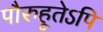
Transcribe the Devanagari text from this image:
पौरुहूतेऽपि